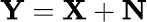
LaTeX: \mathbf{Y}=\mathbf{X}+\mathbf{N}